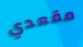
مقعدي